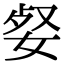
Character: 㛑